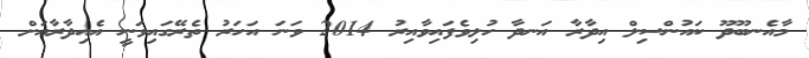
މާއެނބޫދޫ ކައުންސިލް އިދާރާ އަނދާ ހުލިވެފައިވާއިރު 2014 ވަނަ އަހަރު ތެރޭގައިވަނީ އެއިދާރާއަށް